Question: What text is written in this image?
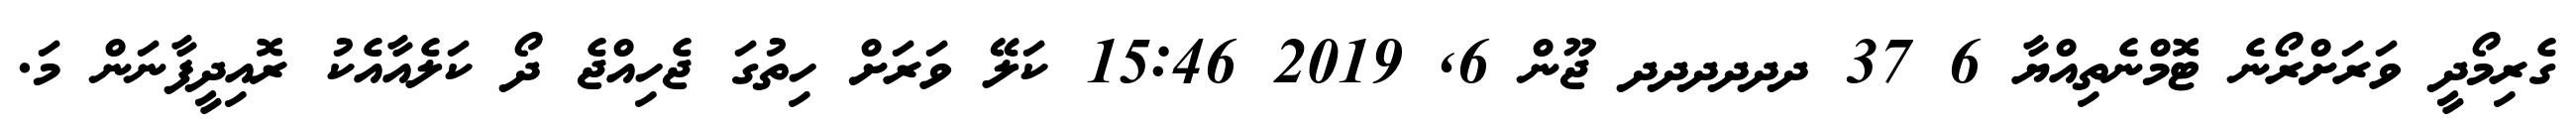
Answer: ގެރިމޯދީ ވަރަށްރޯނެ ޓޮމްނެތިއްޔާ 6 37 ދދދދދދ ޖޫން 6, 2019 15:46 ކަލޭ ވަރަށް ހިތުގަ ޖެހިއްޖެ ދޯ ކަލެއާއެކު ރޮއިދީފާނަން މަ.